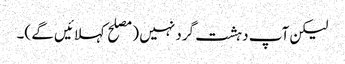
لیکن آپ دہشت گرد نہیں (مصلح کہلائیں گے )۔